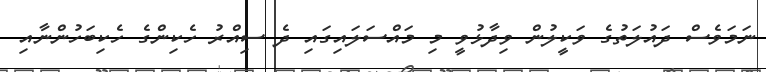
ނަމަވެސް ދައުލަތުގެ ވަކީލުން ވިދާޅުވީ މި މައްސަލައިގައި ދެ ސިއްރު ހެކިންގެ ހެކިބަހުންނާއި